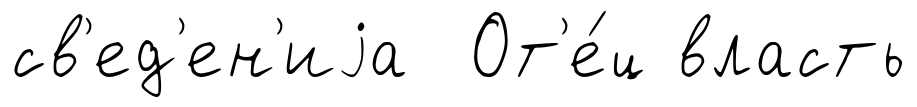
св'ед'ен'иjа От'е́ц власть